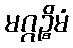
မဂ္ဂဉ္စိမံ